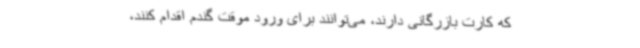
که کارت بازرگانی دارند، می‌توانند برای ورود موقت گندم اقدام کنند،